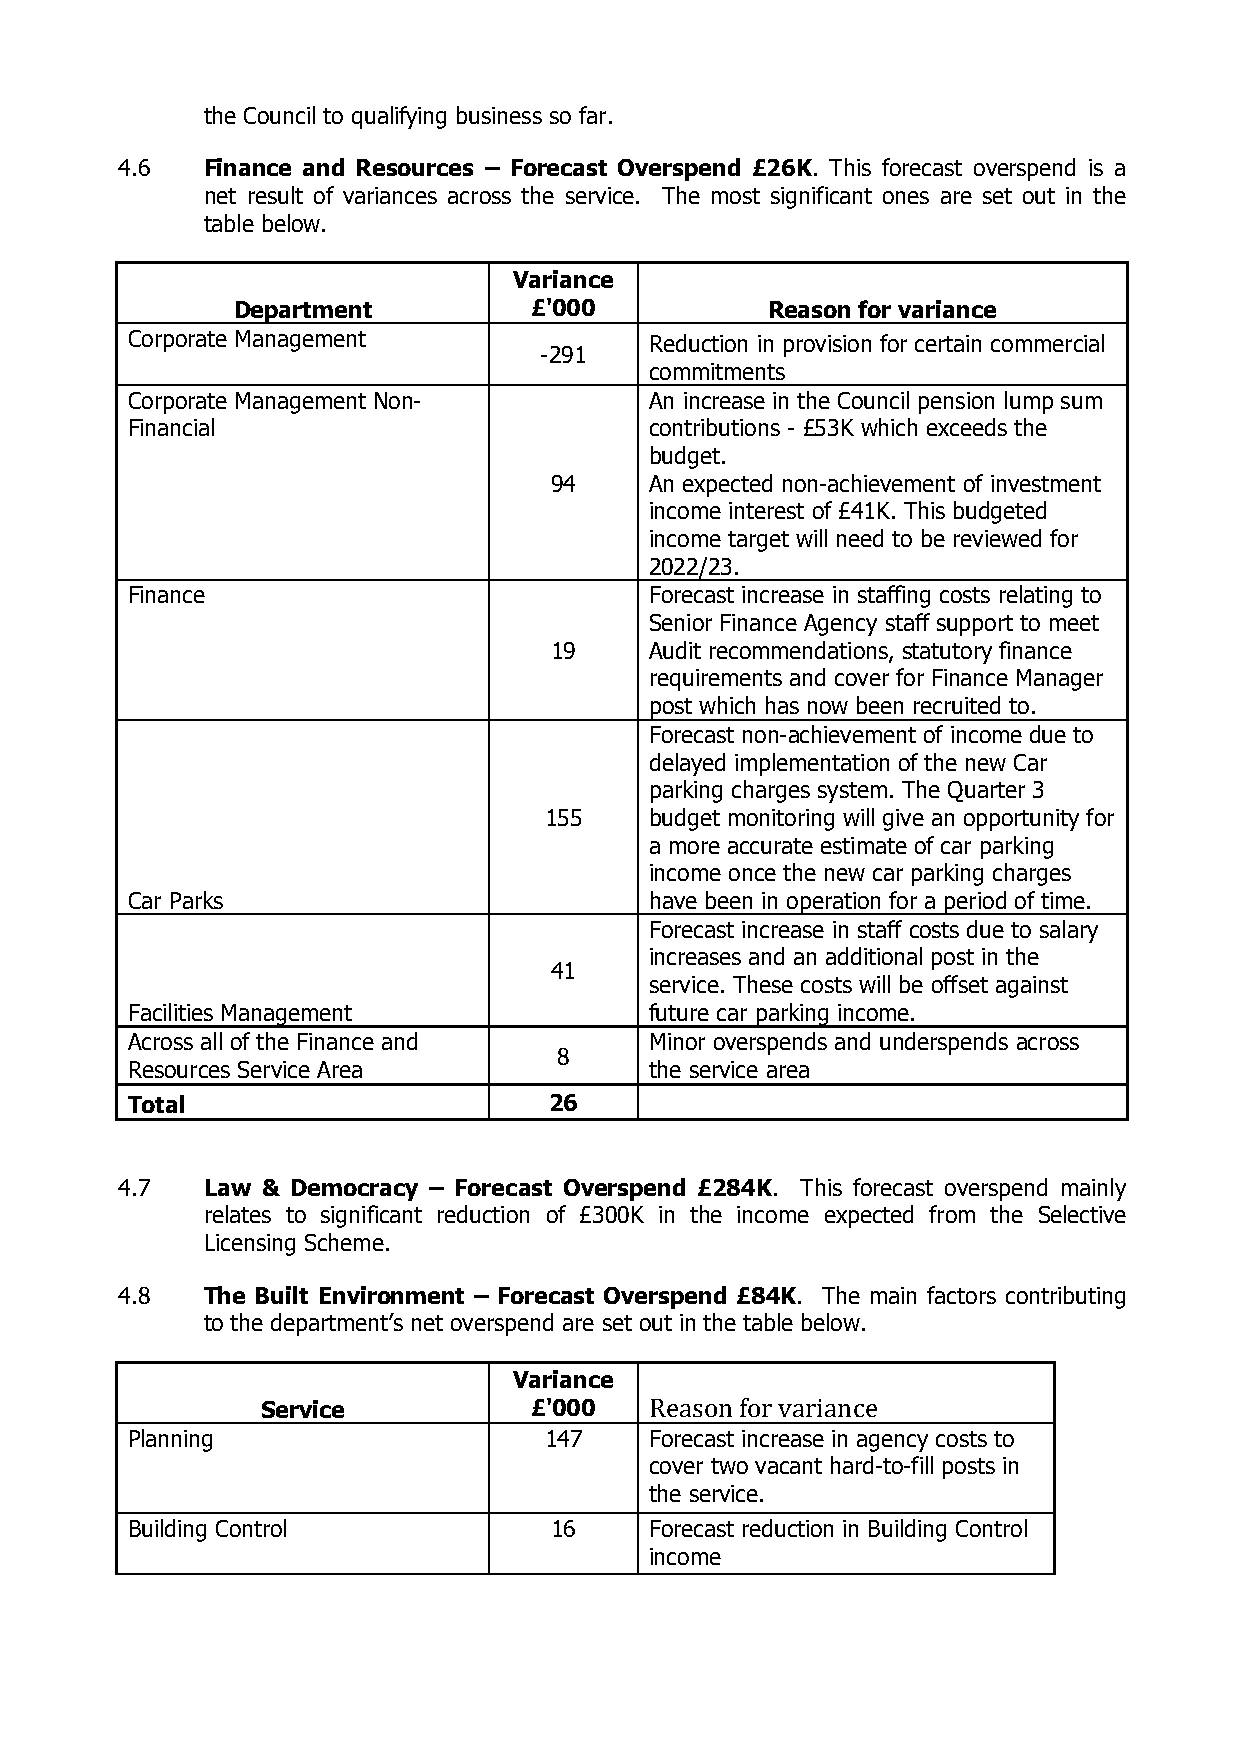
the Council to qualifying business so far.
 4.6  Finance and Resources – Forecast Overspend £26K. This forecast overspend is a
 net result of variances across the service. The most significant ones are set out in the
 table below.
 Variance
 Department          £'000           Reason for variance
 Corporate Management               Reduction in provision for certain commercial
 -291
 commitments
 Corporate Management Non-          An increase in the Council pension lump sum
 Financial                          contributions - £53K which exceeds the
 budget.
 94     An expected non-achievement of investment
 income interest of £41K. This budgeted
 income target will need to be reviewed for
 2022/23.
 Finance                            Forecast increase in staffing costs relating to
 Senior Finance Agency staff support to meet
 19     Audit recommendations, statutory finance
 requirements and cover for Finance Manager
 post which has now been recruited to.
 Forecast non-achievement of income due to
 delayed implementation of the new Car
 parking charges system. The Quarter 3
 155    budget monitoring will give an opportunity for
 a more accurate estimate of car parking
 income once the new car parking charges
 Car Parks                          have been in operation for a period of time.
 Forecast increase in staff costs due to salary
 increases and an additional post in the
 41
 service. These costs will be offset against
 Facilities Management              future car parking income.
 Across all of the Finance and      Minor overspends and underspends across
 8
 Resources Service Area             the service area
 Total                       26
 4.7  Law & Democracy – Forecast Overspend £284K. This forecast overspend mainly
 relates to significant reduction of £300K in the income expected from the Selective
 Licensing Scheme.
 4.8  The Built Environment – Forecast Overspend £84K. The main factors contributing
 to the department’s net overspend are set out in the table below.
 Variance
 Service           £'000   Reason for variance
 Planning                    147    Forecast increase in agency costs to
 cover two vacant hard-to-fill posts in
 the service.
 Building Control            16     Forecast reduction in Building Control
 income